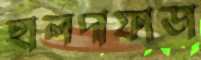
হালদাফাডা